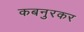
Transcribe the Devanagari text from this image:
कबनुरकर